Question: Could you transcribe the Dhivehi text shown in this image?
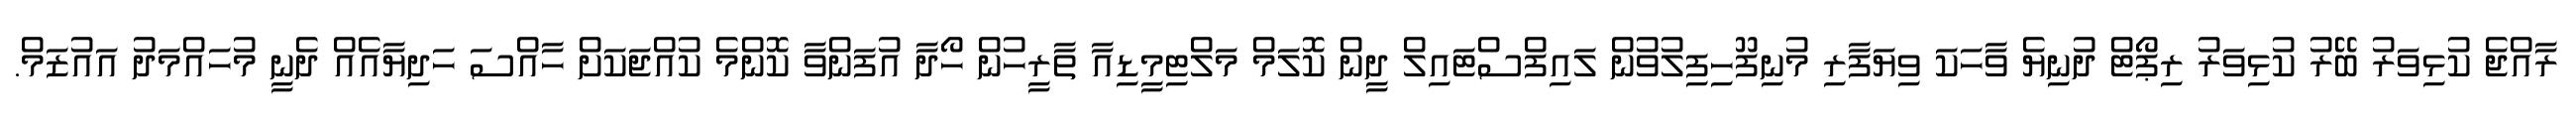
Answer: ރާއްޖެ ކުޅިވަރު ބޭރު ކުޅިވަރު ރިޕޯޓް ދުނިޔެ ވާހަކަ ވިޔަފާރި މުނިފޫހިފިލުވުން ލައިފްސްޓައިލް ދީން ކޮލަމް މަލްޓިމީޑިއާ ތާރީހުން ހޯދާ އުފަންވާ ކޮންމެ ކުއްޖަކަށް ހާއްސަ ހަދިޔާއެއް ދެނީ މުހައްމަދު އައުޒަމް.